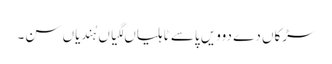
سڑکاں دے دوویں پاسے ٹاہلیاں لگیاں ہُندیاں سن۔